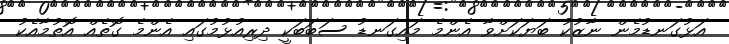
އަޅުގަނޑުމެން ނާޒުކު ބަޔަކަށްވާ އެންމެ މައިގަނޑު ސަބަބަކީ ދިރިއުޅުމުގައި އެންމެ ގޮތެއް އޮތުމާއެކު